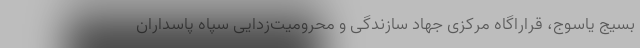
بسیج یاسوج، قراراگاه مرکزی جهاد سازندگی و محرومیت‌زدایی سپاه پاسداران